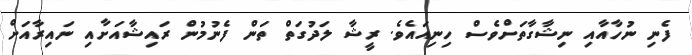
ފެނި ނުހާއާއި ނިޝާގާތަށްވެސް ހިނިއައެވެ. ރީޝާ ލަދުގަތް ތަން ފެނުމުން ރައިޝާއަށާއި ނައިރާއަށް